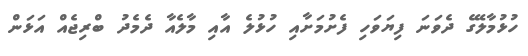
ހުޅުމާލޭގެ ދެވަނަ ފިޔަވަހި ފެށުމަށާއި ހުޅުލެ އާއި މާލެއާ ދެމެދު ބްރިޖެއް އަޅަން